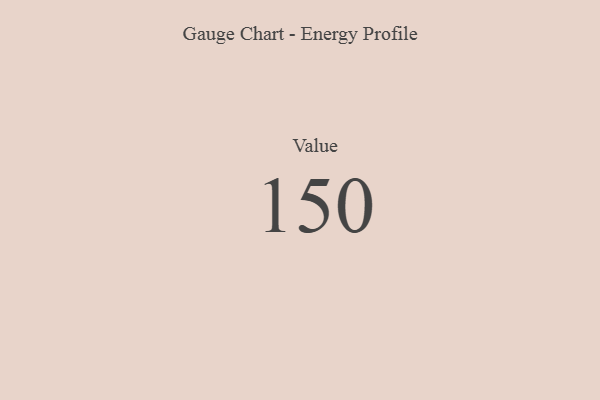
{"axis": {"x": "Metric", "y": "Value"}, "legend": [""], "data": [{"x": "Value", "y": 150, "type": ""}]}